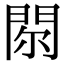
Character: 𨳴